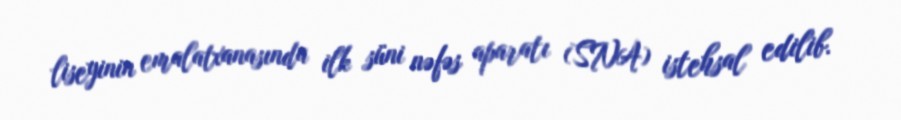
liseyinin emalatxanasında ilk süni nəfəs aparatı (SNA) istehsal edilib.